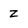
Character: Z